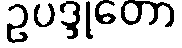
ဥပဒ္ဒုတော